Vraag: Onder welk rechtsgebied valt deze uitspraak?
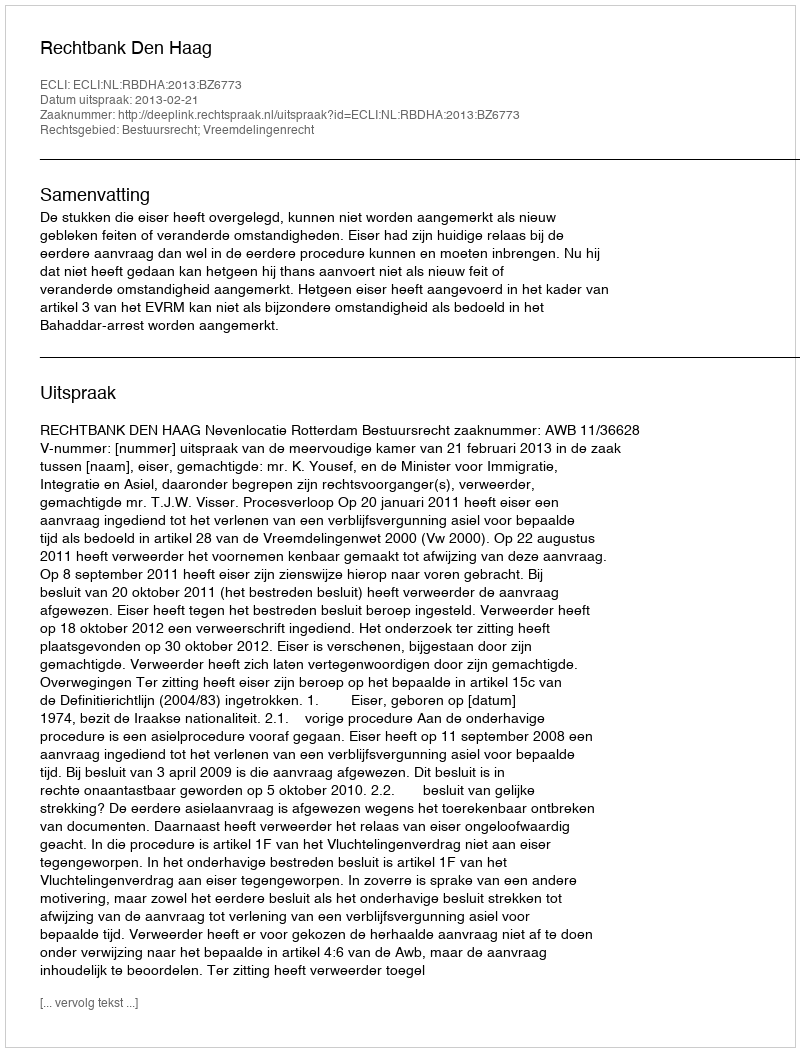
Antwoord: Bestuursrecht; Vreemdelingenrecht